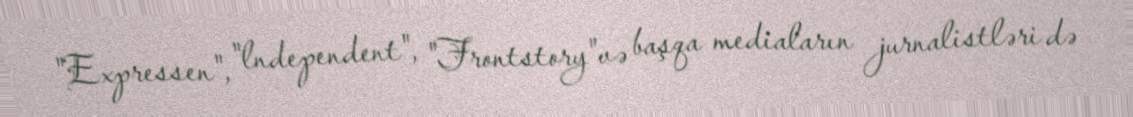
"Expressen", "lndependent", "Frontstory"və başqa mediaların jurnalistləri də